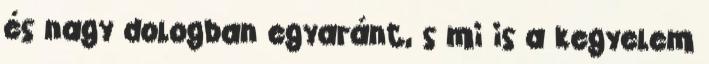
és nagy dologban egyaránt, s mi is a kegyelem